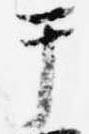
テ